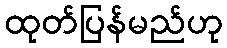
ထုတ်ပြန်မည်ဟု